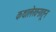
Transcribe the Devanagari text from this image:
कथालेखनातून